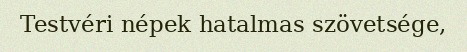
Testvéri népek hatalmas szövetsége,